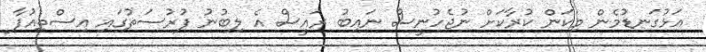
އަޅުގަނޑުމެން މިކަން ކުރާކަށް ނުޖެހުނީސް ނައިބު ރައީސް އެ ލިބުނު ފުރުސަތުގައި އިސްތިއުފާ